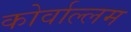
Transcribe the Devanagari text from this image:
कोर्वाल्लम